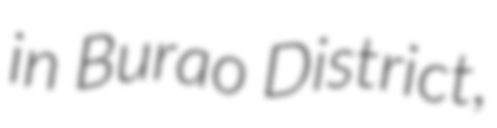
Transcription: in Burao District,